Leprosy in India: report of the Leprosy Commission in India, 1890-91
Year: 1890
Disease focus: Leprosy
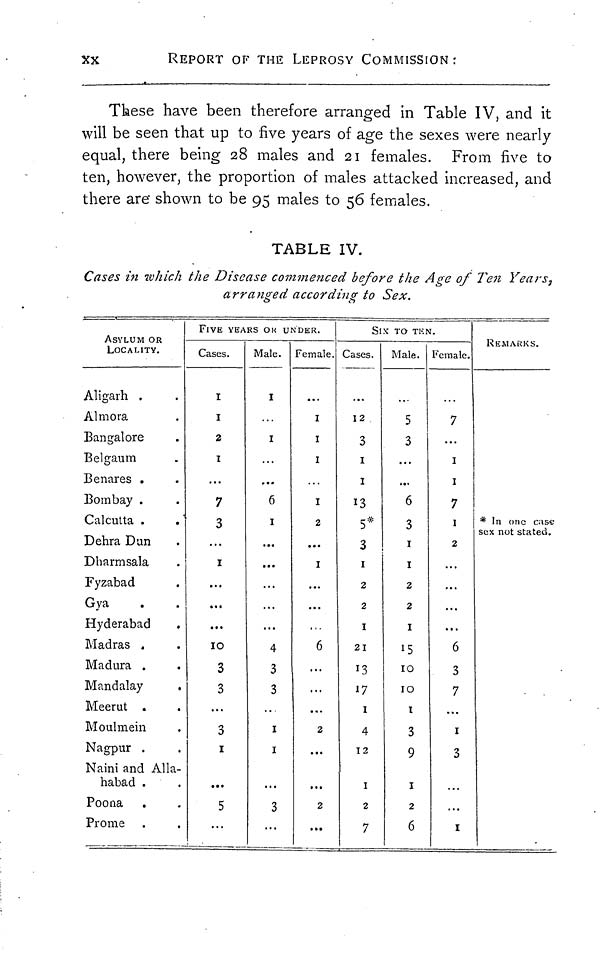
xx
REPORT OF THE LEPROSY COMMISSION :
These have been therefore arranged in Table IV, and it
will be seen that up to five years of age the sexes were nearly
equal, there being 28 males and 21 females. From five to
ten, however, the proportion of males attacked increased, and
there are" shown to be 95 males to 56 females.
TABLE IV.
Cases in which the Disease commenced before the Age of Ten Years,
arranged according to Sex.
ASYLUM OR
LOCALITY.
Aligarh .
Aim ora
Bangalore
Belgaum
Benares .
Bombay .
Calcutta .
Dehra Dan
D h arm sala
Fyzabad
Gya
Hyderabad
Madras .
Madura .
Mandalay
Meerut .
Mouhnein
Nagpur .
Naini and Alla-
habad .
Poona
Pro me
FIVE YEA
Cases.
1
1
2
1
7
3
1
10
3
3
3
1
5
RS OK U
Male.
1
1
6
1
4
3
3
1
1
3
NDER.
Female.
1
1
1
I
2
1
6
2
2
s
Cases.
12
3
1
1
13
5*
3
1
2
2
1
21
13
17
1
4
12
1
2
7
IX TO TEL
Male.
5
3
6
3
1
1
2
2
1
15
10
10
1
3
9
1
2
6
Female.
7
1
1
7
1
2
6
3
7
1
3
1
REMARKS.
* In one case
sex not stated.